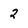
Character: 2